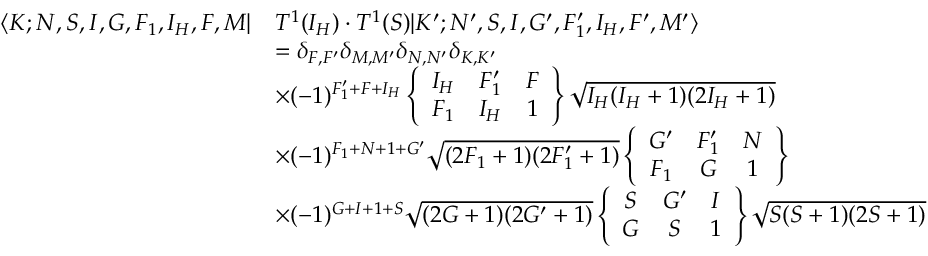
\begin{array} { r l } { \langle K ; N , S , I , G , F _ { 1 } , I _ { H } , F , M | } & { T ^ { 1 } ( I _ { H } ) \cdot T ^ { 1 } ( S ) | K ^ { \prime } ; N ^ { \prime } , S , I , G ^ { \prime } , F _ { 1 } ^ { \prime } , I _ { H } , F ^ { \prime } , M ^ { \prime } \rangle } \\ & { = \delta _ { F , F ^ { \prime } } \delta _ { M , M ^ { \prime } } \delta _ { N , N ^ { \prime } } \delta _ { K , K ^ { \prime } } } \\ & { \times ( - 1 ) ^ { F _ { 1 } ^ { \prime } + F + I _ { H } } \left\{ \begin{array} { c c c } { I _ { H } } & { F _ { 1 } ^ { \prime } } & { F } \\ { F _ { 1 } } & { I _ { H } } & { 1 } \end{array} \right\} \sqrt { I _ { H } ( I _ { H } + 1 ) ( 2 I _ { H } + 1 ) } } \\ & { \times ( - 1 ) ^ { F _ { 1 } + N + 1 + G ^ { \prime } } \sqrt { ( 2 F _ { 1 } + 1 ) ( 2 F _ { 1 } ^ { \prime } + 1 ) } \left\{ \begin{array} { c c c } { G ^ { \prime } } & { F _ { 1 } ^ { \prime } } & { N } \\ { F _ { 1 } } & { G } & { 1 } \end{array} \right\} } \\ & { \times ( - 1 ) ^ { G + I + 1 + S } \sqrt { ( 2 G + 1 ) ( 2 G ^ { \prime } + 1 ) } \left\{ \begin{array} { c c c } { S } & { G ^ { \prime } } & { I } \\ { G } & { S } & { 1 } \end{array} \right\} \sqrt { S ( S + 1 ) ( 2 S + 1 ) } } \end{array}